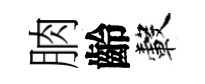
朒齡轂